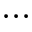
\dots